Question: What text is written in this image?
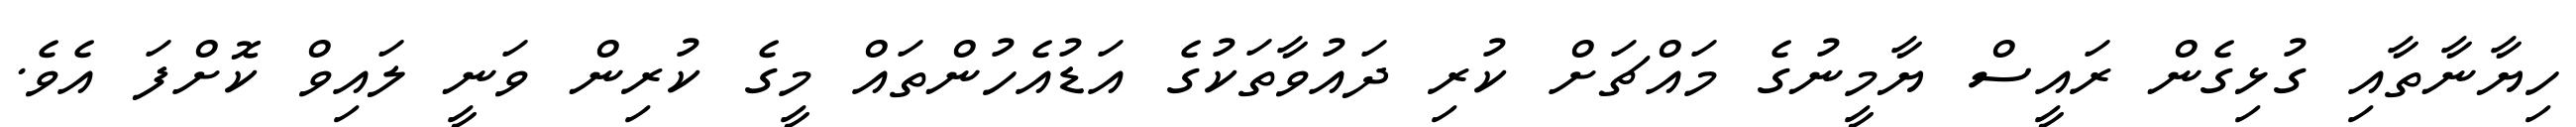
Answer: ހިޔާނާތާއި ގުޅިގެން ރައީސް ޔާމީނުގެ މައްޗަށް ކުރި ދައުވާތަކުގެ އަޑުއެހުންތައް މީގެ ކުރިން ވަނީ ލައިވް ކޮށްފަ އެވެ.